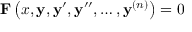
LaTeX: \mathbf { F } \left( x , \mathbf { y } , \mathbf { y } ^ { \prime } , \mathbf { y } ^ { \prime \prime } , \ldots , \mathbf { y } ^ { ( n ) } \right) = { \boldsymbol { 0 } }